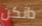
دانكن